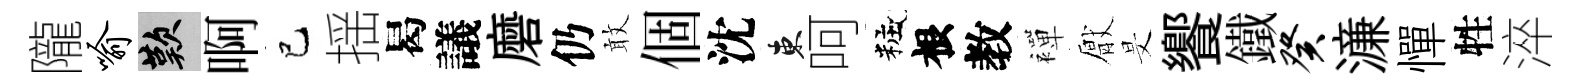
隴喻嘆啊巳揺曷議磨仍敢個沈東呵粧根教襌厭旻饗鐵癸濓憚牲淬